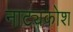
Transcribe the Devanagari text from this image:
नाट्यकोश